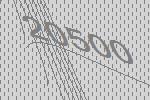
20500